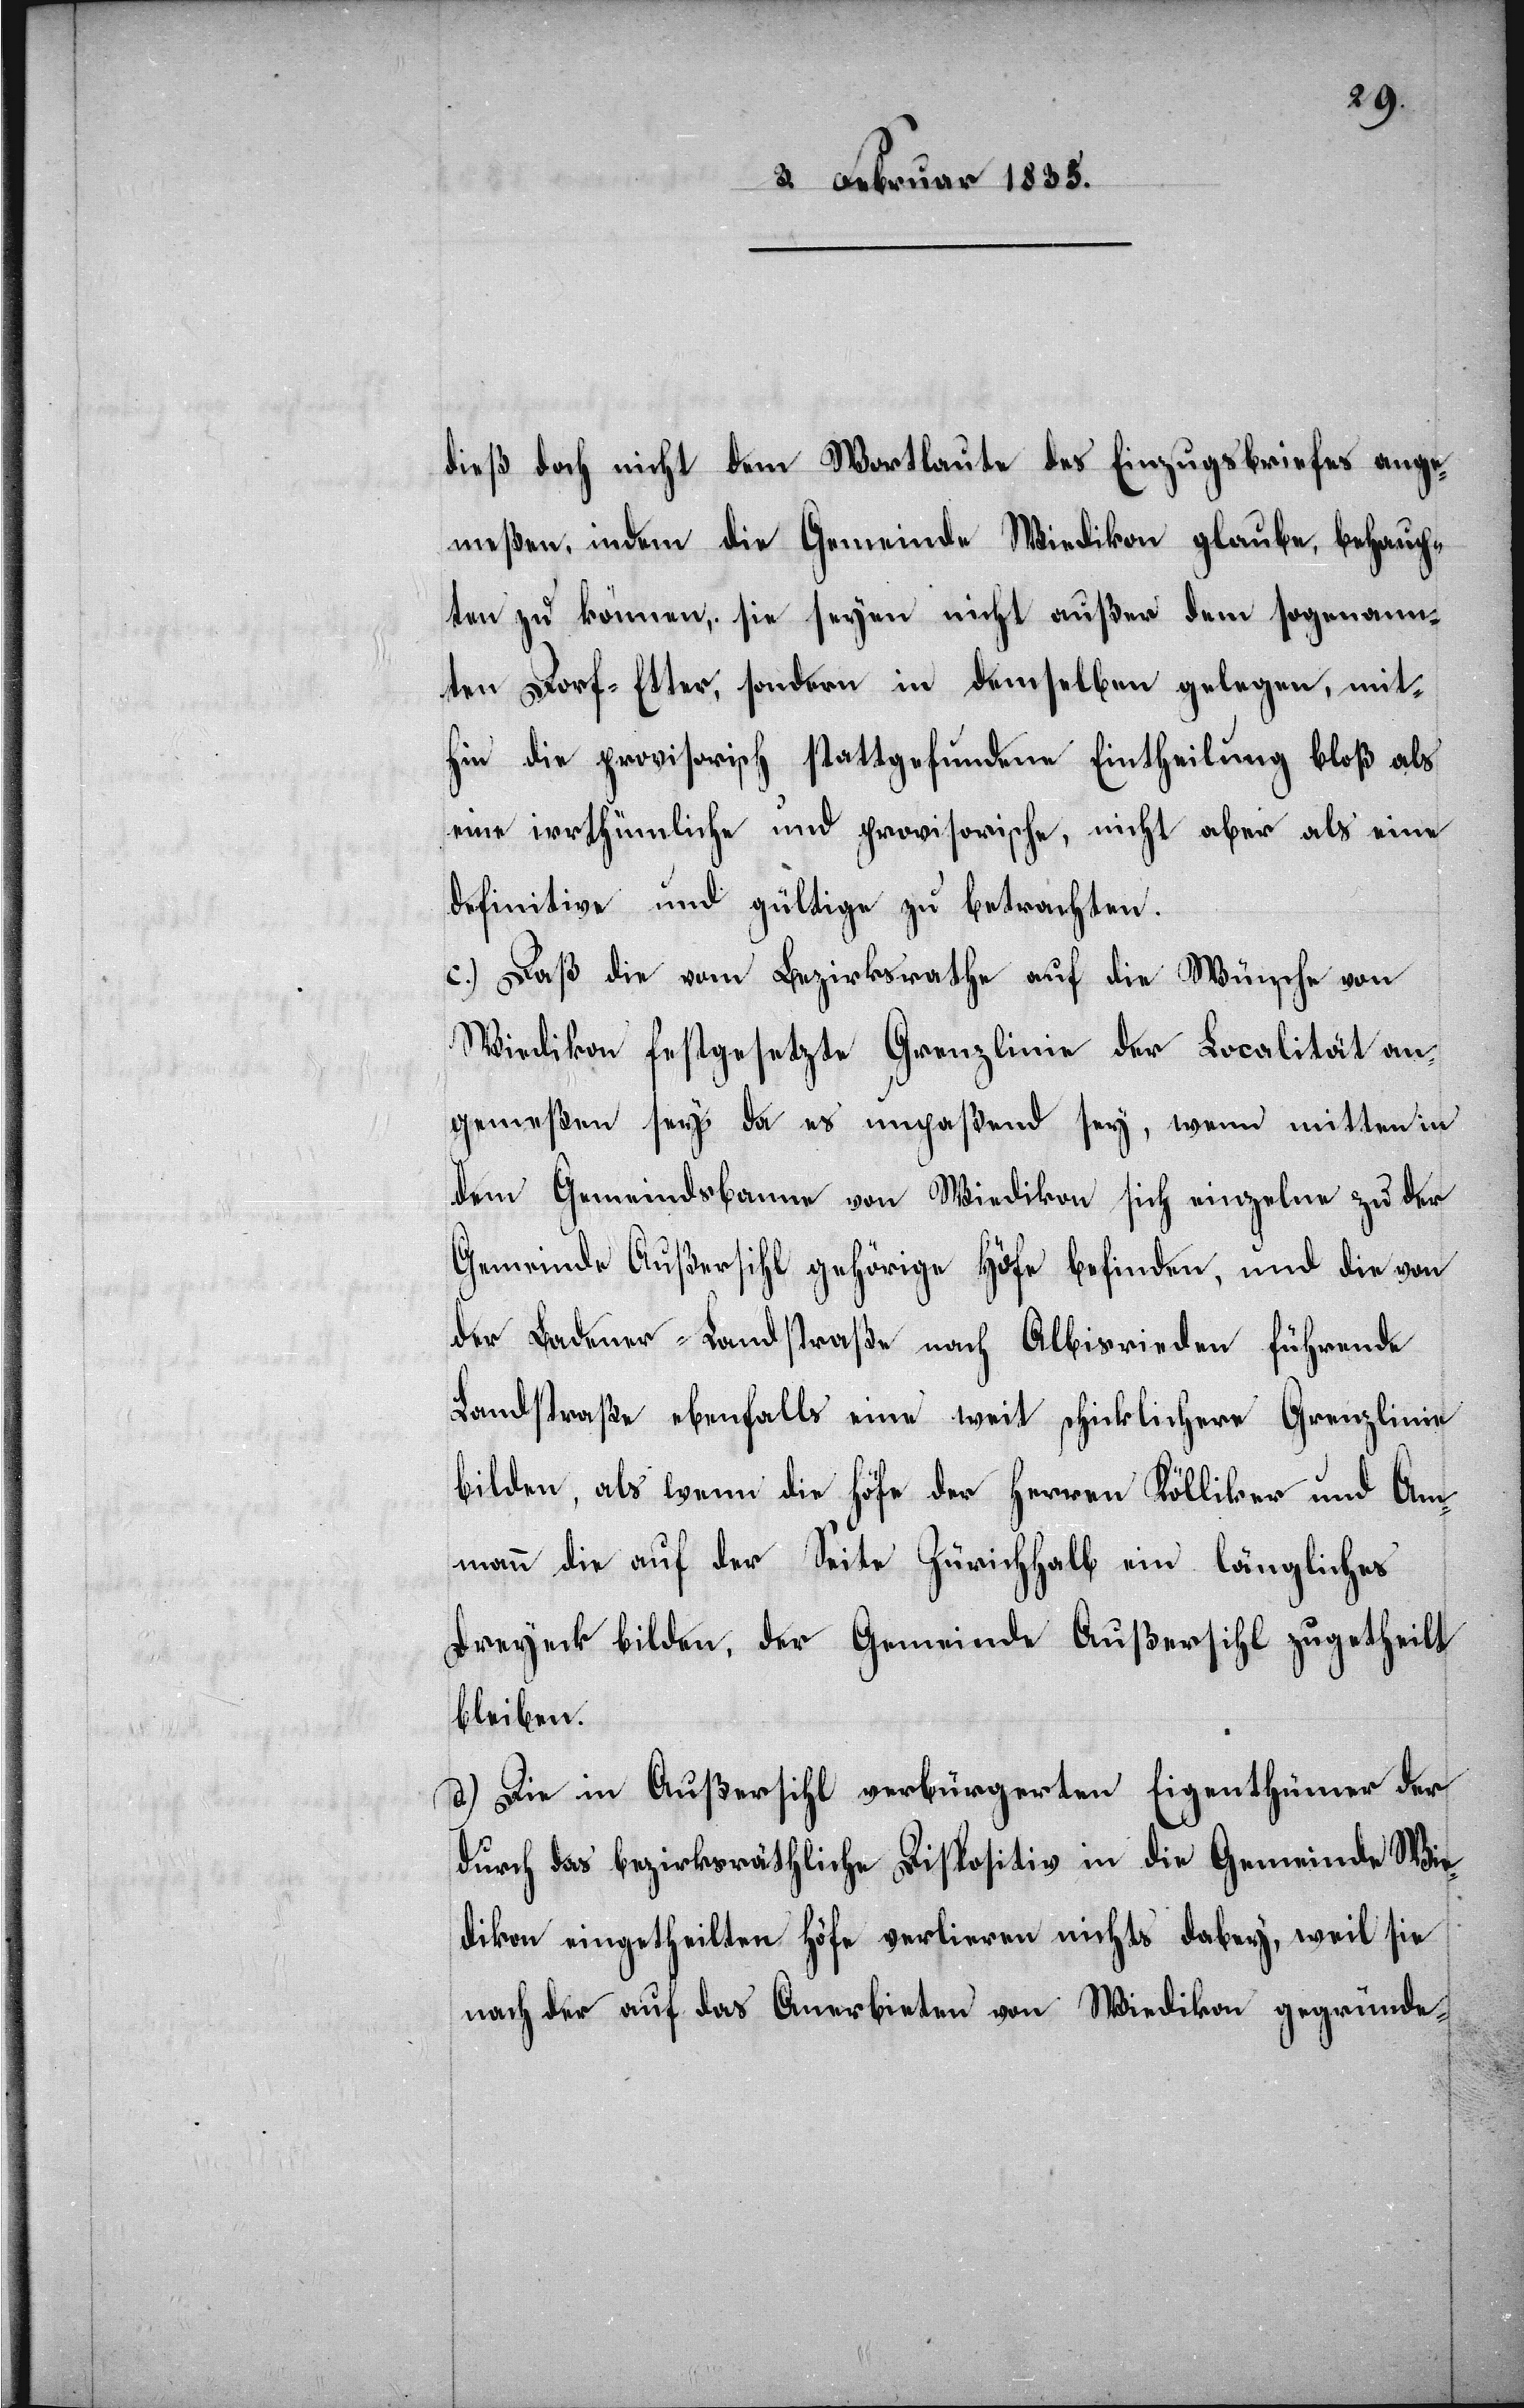
dieß doch nicht dem Wortlaute des Einzugsbriefes ange¬
meßen, indem die Gemeinde Wiedikon glaube, behaup¬
ten zu können, sie seyen nicht außer dem sogenann¬
ten Dorf-Etter, sondern in demselben gelegen, mit¬
hin die provisorisch stattgefundene Eintheilung bloß als
eine irrthümliche und provisorische, nicht aber als eine
definitive und gültige zu betrachten.
c.) Daß die vom Bezirksrathe auf die Wünsche von
Wiedikon festgesetzte Grenzlinie der Localität an¬
gemeßen sey, da es unpaßend sey, wenn mitten in
dem Gemeindebann von Wiedikon sich einzeln zu der
Gemeinde Außersihl gehörige Höfe befinden, und die von
der Badener-Landstraße nach Albisrieden führende
Landstraße ebenfalls eine weit schicklichere Grenzlinie
bilden, als wenn die Höfe der Herren Kölliker und Am¬
mann die auf der Seite Zürichhalb ein längliches
Dreyeck bilden, der Gemeinde Außersihl zugetheilt
bleiben.
d.) Die in Außersihl verbürgerten Eigenthümer der
durch das bezirksräthliche Dispositiv in die Gemeinde Wie¬
dikon eingetheilten Höfe verlieren nichts dabey, weil sie
nach der auf das Anerbieten von Wiedikon gegründe-